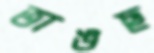
ভাঙছ